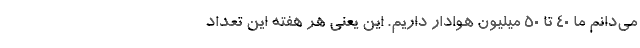
می‌دانم ما 40 تا 50 میلیون هوادار داریم. این یعنی هر هفته این تعداد